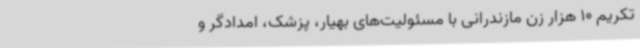
تکریم 10 هزار زن مازندرانی با مسئولیت‌های بهیار، پزشک، امدادگر و